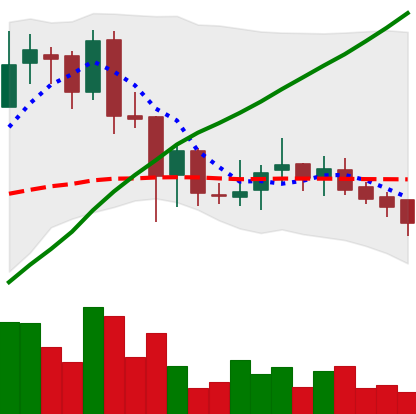
Ticker: BNB-USD
Chart end date: 2018-07-06
Forward return: -6.095%
Label: down_5_7